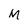
Character: M